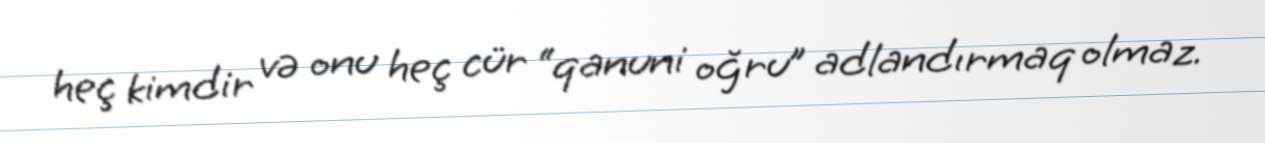
heç kimdir və onu heç cür “qanuni oğru” adlandırmaq olmaz.